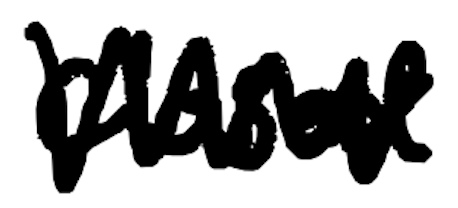
Text: closed
Cross-out: zig-zag
Writing tool: digital_black